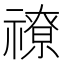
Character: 𥛰